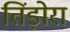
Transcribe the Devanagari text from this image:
तिंड़ोरा